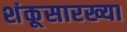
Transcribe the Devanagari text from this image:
शंकूसारख्या